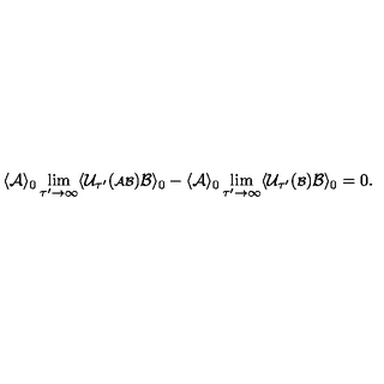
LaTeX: \langle { \cal A } \rangle _ { 0 } \lim _ { \tau ^ { \prime } \rightarrow \infty } \langle { \cal U } _ { \tau ^ { \prime } } ( { \scriptstyle { \cal A B } } ) { \cal B } \rangle _ { 0 } - \langle { \cal A } \rangle _ { 0 } \lim _ { \tau ^ { \prime } \rightarrow \infty } \langle { \cal U } _ { \tau ^ { \prime } } ( { \scriptstyle { \cal B } } ) { \cal B } \rangle _ { 0 } = 0 .